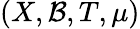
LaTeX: (X,{\mathcal{B}},T,\mu)